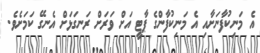
އެ މަނިކުފާނަށާއި އެ މަނިކުފާންގެ ޕާޓީ އަށް ވަރަށް ރަނގަޅަށް އެނގޭ ކަމަށެވެ.